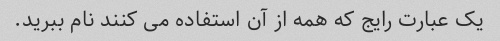
یک عبارت رایج که همه از آن استفاده می کنند نام ببرید.